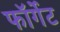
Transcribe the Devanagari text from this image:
फॉर्गेट